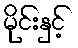
မိုင်းနှင့်